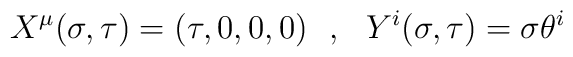
X^\mu(\sigma,\tau)=(\tau,0,0,0)~~,~~Y^i(\sigma,\tau)=\sigma \theta^i